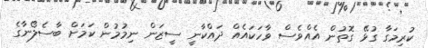
ކުރިމަގާ ގުޅޭ ގޮތުން އެއްވެސް ވާހަކައެއް ދައްކާނީ ސީޒަން ނިމުމުން ކަމަށް ބާސެލޯނާގެ